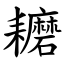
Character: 耱